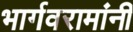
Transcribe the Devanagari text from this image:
भार्गवरामांनी